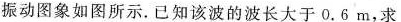
振动图象如图所示。已知该波的波长大于0.6m，求